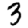
Digit: 3